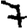
Digit: 7